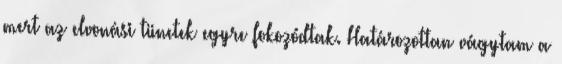
mert az elvonási tünetek egyre fokozódtak. Határozottan vágytam a